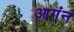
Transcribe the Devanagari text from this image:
आगंन